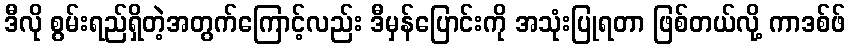
ဒီလို စွမ်းရည်ရှိတဲ့အတွက်ကြောင့်လည်း ဒီမှန်ပြောင်းကို အသုံးပြုရတာ ဖြစ်တယ်လို့ ကာဒစ်ဖ်